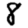
Digit: 8